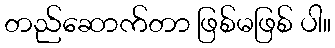
တည်ဆောက်တာ ဖြစ်မဖြစ် ပါ။